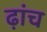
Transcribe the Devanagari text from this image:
ढ़ांच